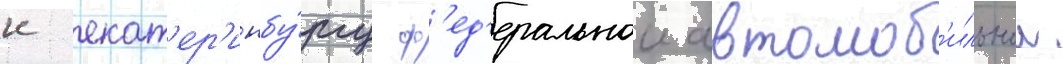
к екат'ер'инбу́ргу ф'ед'еральнои автомоб'ильнои